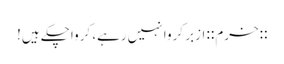
::خرم:: ازبر کروا نہیں‌رہے، کرواچکے ہیں!